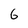
Character: 6